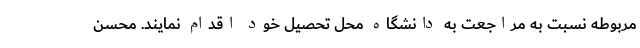
مربوطه نسبت به مراجعت به دانشگاه محل تحصیل خود اقدام نمایند. محسن